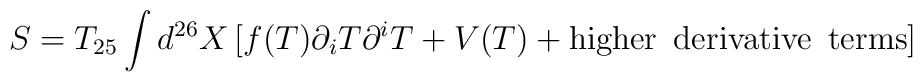
S = T_{25} \int d^{26} X \, [ f(T) \partial_{i} T \partial^{i} T + V(T) + {\rm higher \enspace derivative \enspace terms} ]